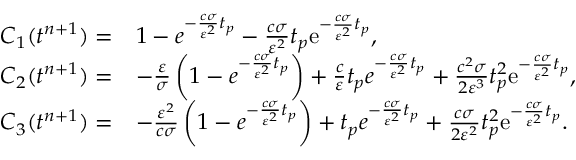
\begin{array} { r l } { C _ { 1 } ( t ^ { n + 1 } ) = } & { 1 - e ^ { - \frac { c \sigma } { \varepsilon ^ { 2 } } t _ { p } } - \frac { c \sigma } { \varepsilon ^ { 2 } } t _ { p } \mathrm { e } ^ { - \frac { c \sigma } { \varepsilon ^ { 2 } } t _ { p } } , } \\ { C _ { 2 } ( t ^ { n + 1 } ) = } & { - \frac { \varepsilon } { \sigma } \left( 1 - e ^ { - \frac { c \sigma } { \varepsilon ^ { 2 } } t _ { p } } \right) + \frac { c } { \varepsilon } t _ { p } e ^ { - \frac { c \sigma } { \varepsilon ^ { 2 } } t _ { p } } + \frac { c ^ { 2 } \sigma } { 2 \varepsilon ^ { 3 } } t _ { p } ^ { 2 } \mathrm { e } ^ { - \frac { c \sigma } { \varepsilon ^ { 2 } } t _ { p } } , } \\ { C _ { 3 } ( t ^ { n + 1 } ) = } & { - \frac { \varepsilon ^ { 2 } } { c \sigma } \left( 1 - e ^ { - \frac { c \sigma } { \varepsilon ^ { 2 } } t _ { p } } \right) + t _ { p } e ^ { - \frac { c \sigma } { \varepsilon ^ { 2 } } t _ { p } } + \frac { c \sigma } { 2 \varepsilon ^ { 2 } } t _ { p } ^ { 2 } \mathrm { e } ^ { - \frac { c \sigma } { \varepsilon ^ { 2 } } t _ { p } } . } \end{array}